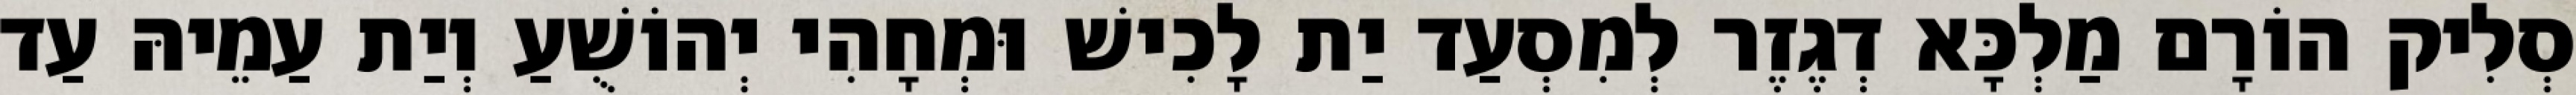
סְלִיק הוֹרָם מַלְכָּא דְגֶזֶר לְמִסְעַד יַת לָכִישׁ וּמְחָהִי יְהוֹשֻׁעַ וְיַת עַמֵיהּ עַד